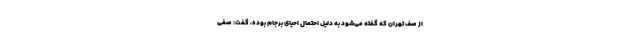
از صف تهران که گفته می‌شود به دلیل احتمال احیای برجام بوده، گفت: صفی